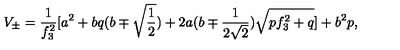
V _ { \pm } = \frac { 1 } { f _ { 3 } ^ { 2 } } \lbrack a ^ { 2 } + b q ( b \mp \sqrt { \frac 1 2 } ) + 2 a ( b \mp \frac { 1 } { 2 \sqrt { 2 } } ) \sqrt { p f _ { 3 } ^ { 2 } + q } \rbrack + b ^ { 2 } p ,